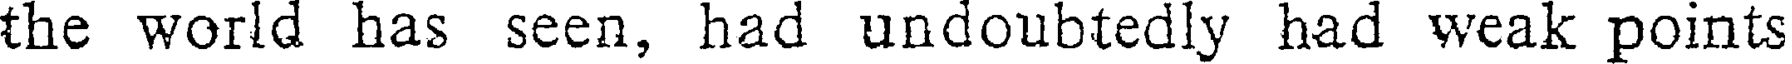
the world has seen, had undoubtedly had weak points